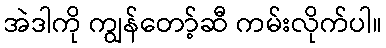
အဲဒါကို ကျွန်တော့်ဆီ ကမ်းလိုက်ပါ။